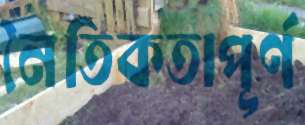
নৈতিকতাপূর্ণ